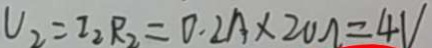
V _ { 2 } = I _ { 2 } R _ { 2 } = 0 . 2 A \times 2 0 \Omega = 4 V